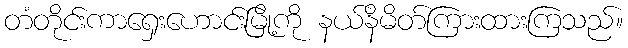
တံတိုင်းကာရှေးဟောင်းမြို့ကို နယ်နိမိတ်ကြားထားကြသည်။